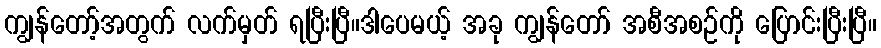
ကျွန်တော့်အတွက် လက်မှတ် ရပြီးပြီ။ဒါပေမယ့် အခု ကျွန်တော် အစီအစဉ်ကို ပြောင်းပြီးပြီ။